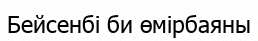
Бейсенбі би өмірбаяны